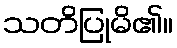
သတိပြုမိ၏။